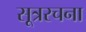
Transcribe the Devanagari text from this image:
सूत्ररचना